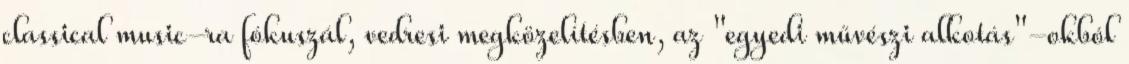
classical music-ra fókuszál, vedresi megközelítésben, az "egyedi művészi alkotás"-okból